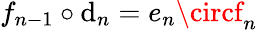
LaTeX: f_{n-1}\circ\mathrm{d}_{n}=e_{n}\circf_{n}